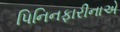
પિનિનફારીનાએ